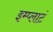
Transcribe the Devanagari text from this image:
इम्प्लाटं